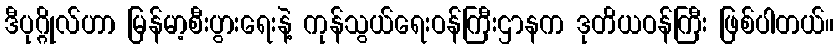
ဒီပုဂ္ဂိုလ်ဟာ မြန်မာ့စီးပွားရေးနဲ့ ကုန်သွယ်ရေးဝန်ကြီးဌာနက ဒုတိယဝန်ကြီး ဖြစ်ပါတယ်။